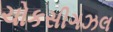
ચોકસીગઝલ